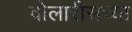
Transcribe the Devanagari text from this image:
वोलारीसच्या